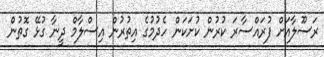
ރަސޫލާއަށް ފުރައްސާރަ ކުރުން ކުށަކަން ހެދުމުގެ އިތުރުން އިސްލާމް ދީނާ ގުޅޭ ގޮތުން